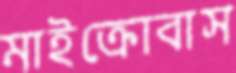
মাইক্রোবাস